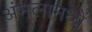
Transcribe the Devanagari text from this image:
अंमलामध्यें